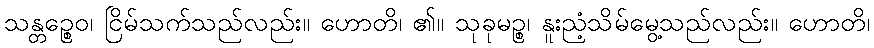
သန္တဉ္စေဝ၊ ငြိမ်သက်သည်လည်း။ ဟောတိ၊ ၏။ သုခုမဉ္စ၊ နူးညံ့သိမ်မွေ့သည်လည်း။ ဟောတိ၊